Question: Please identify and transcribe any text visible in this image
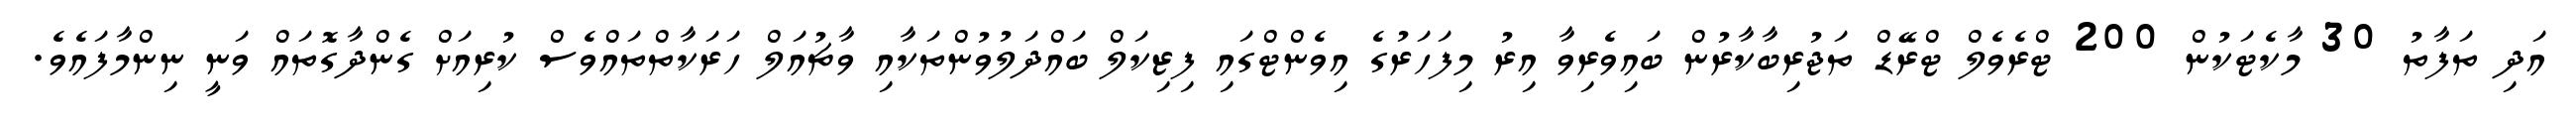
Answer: އަދި ތަފާތު 30 މާކެޓަކުން 200 ޓްރެވެލް ޓްރޭޑް ތަޖުރިބާކާރުން ބައިވެރިވާ އިރު މިފަހަރުގެ އިވެންޓްގައި ފިޒިކަލް ބައްދަލުވުންތަކާއި ވާޗުއަލް ހަރަކާތްތައްވެސް ކުރިއަށް ގެންދާގޮތައް ވަނީ ނިންމާފައެވެ.